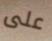
على